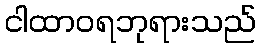
ငါထာဝရဘုရားသည်